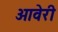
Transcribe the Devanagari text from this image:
ओवेरी